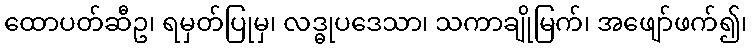
ထောပတ်ဆီဥ၊ ရမှတ်ပြုမှ၊ လဒ္ဓုပဒေသာ၊ သကာချိုမြက်၊ အဖျော်ဖက်၍၊